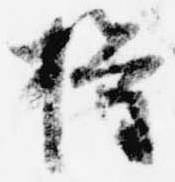
権